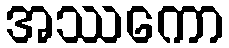
အဿကော